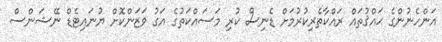
އަންހެނުންގެ ޙައްޤުތައް ރައްކާތެރިކުރުމަށް ޑެނިސް ކުރި މަސައްކަތުގެ އަގު ވަޒަންކޮށް ޔުނައިޓެޑް ނޭޝަންސް